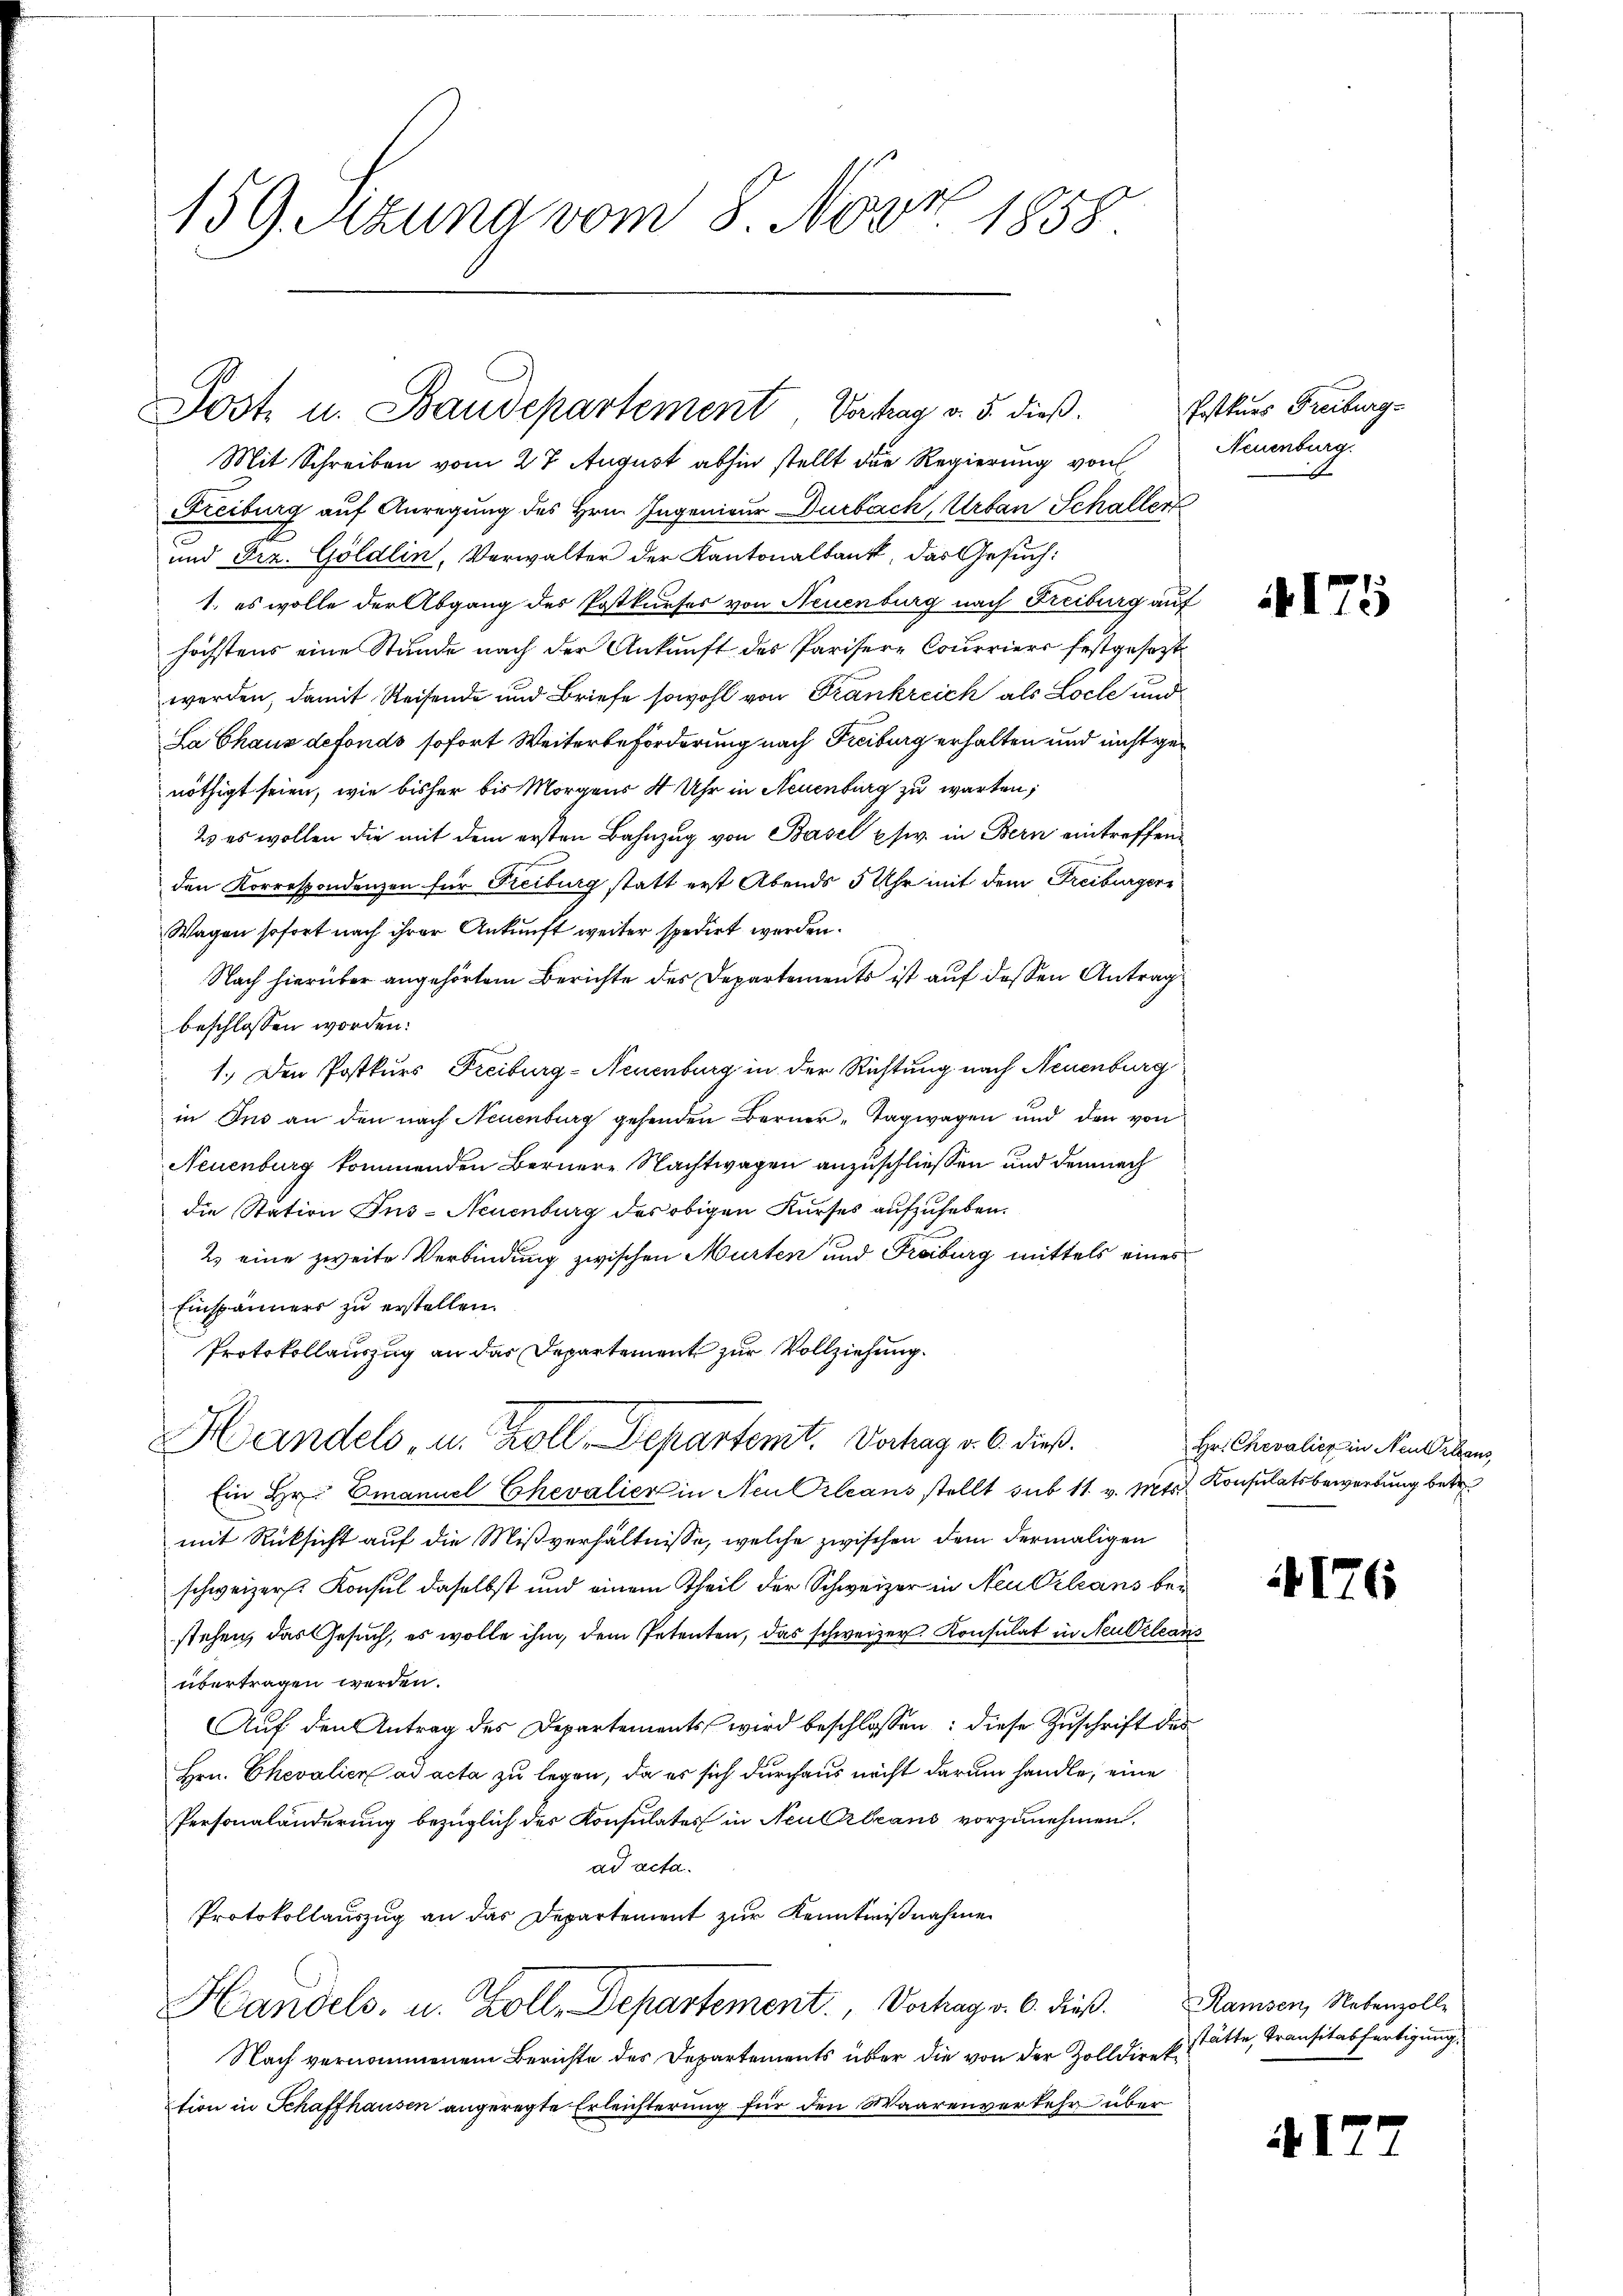
159. Sitzung vom 8. Nov. 1858.

Post u. Baudepartement Vorstag v. 5. dieß.

Mit Schreiben vom 27. August abhin stellt die Regierung von
Freiburg auf Anregung des Hrn. Ingenieur Durbach, Urban Schaller
und Frz. Göldlin, Verwalter der Kantonalbank, das Gesuch:
1. es wolle der Abgang des Postkurses von Neuenburg nach Freiburg auf
höchstens eine Stunde nach der Ankunft des Parisere Courriers festgesezt
werden, damit Reisende und Briefe sowohl von Frankreich als Loche und
La Chaus defonds sofort Weiterbeförderung nach Freiburg erhalten und nicht genöthigt seien, wie bisher bis Morgens 4 Uhr in Neuenburg zu warten,
2. es wollen die mit dem ersten Bahnzŭg von Basel pfwv. in Bern eintreffenden Korrespondenzen für Freiburg statt erst Abends 5 Uhr mit dem Freiburgerr
Wagen sofort nach ihrer Ankunft weiter spedirt werden.
Nach hierüber angehörtem Berichte des Departements ist auf dessen Antragbeschlossen worden.
1.) Den Postkurs Freiburg-Neuenburg in der Richtung nach Neuenburg
in Ins an den nach Neuenburg gehenden Berner Tagwagen und den von
Neuenburg kommenden Bernere Nachtwagen anzuschließen und demnach
die Station Ins-Neuenburg des obigen Kurses aufzuheben.
2) eine zweite Verbindung zwischen Murten und Freiburg mittels eines
Einspänners zu erstellen.
Protokollauszug an das Departement zur Vollziehung.

Handels, u. Zoll Departenit. Dochag v. 6. dieß.

Postkurs Freiburg-
Neuenburg.

Ein Hr. Emanuel Chevalien in Neu Orleans stellt sub 11 v. Mts. Konsulatsbewerbung betr.
mit Rücksicht auf die Mißverhältnisse, welche zwischen dem dermaligen
schweizer. Konsul daselbst und einem Theil der Schweizer in Neukleans bei
stehen, das Gesuch, es wolle ihm, dem Petenten, das schweizer Konsulat in Neubeleans
übertragen werden.
Auf den Antrag des Departements wird beschlossen: diese Zuschrift des
Hrn. Chevalien ad acta zu legen, da es sich durchaus nicht darum handle, eine
Personaländerung bezüglich der Konsulates in Neuerbeans vorzunehmen.
ad acta.
Protokollauszug an das Departement zur Kenntnißnahme
Handels- u. Zoll, Departement, Vorhag v. 6. dieß. Ramsen, Nebenzolle
Nach vernommenem Berichte des Departements über die von der Zolldirektion in Schaffhausen angeregte Erleichterung für den Waarenverkehr über

175

Hr. Chevalicz in Neuhaus

176

stätte, Transitabfertigung.

177